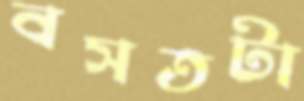
বসতটা